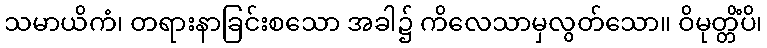
သမာယိကံ၊ တရားနာခြင်းစသော အခါ၌ ကိလေသာမှလွတ်သော။ ဝိမုတ္တိံပိ၊